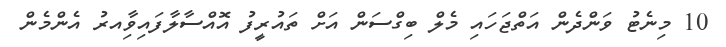
10 މިނެޓު ވަންދެން އަތްޖަހައި މެލް ބިގްސަން އަށް ތައުރީފު އޮއްސާލާފައިވާިއރު އެންމެން